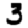
Digit: 3